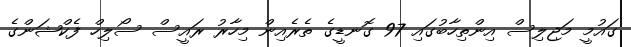
ގައުމީ މަޖިލިސް އިންތިހާބުގައި 97 ގޮނޑީގެ ތެރެއިން މިހާރު ރައީސް ސޯލިހް ފެކްޝަންގެ